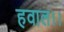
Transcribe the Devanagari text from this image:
हवाल।।